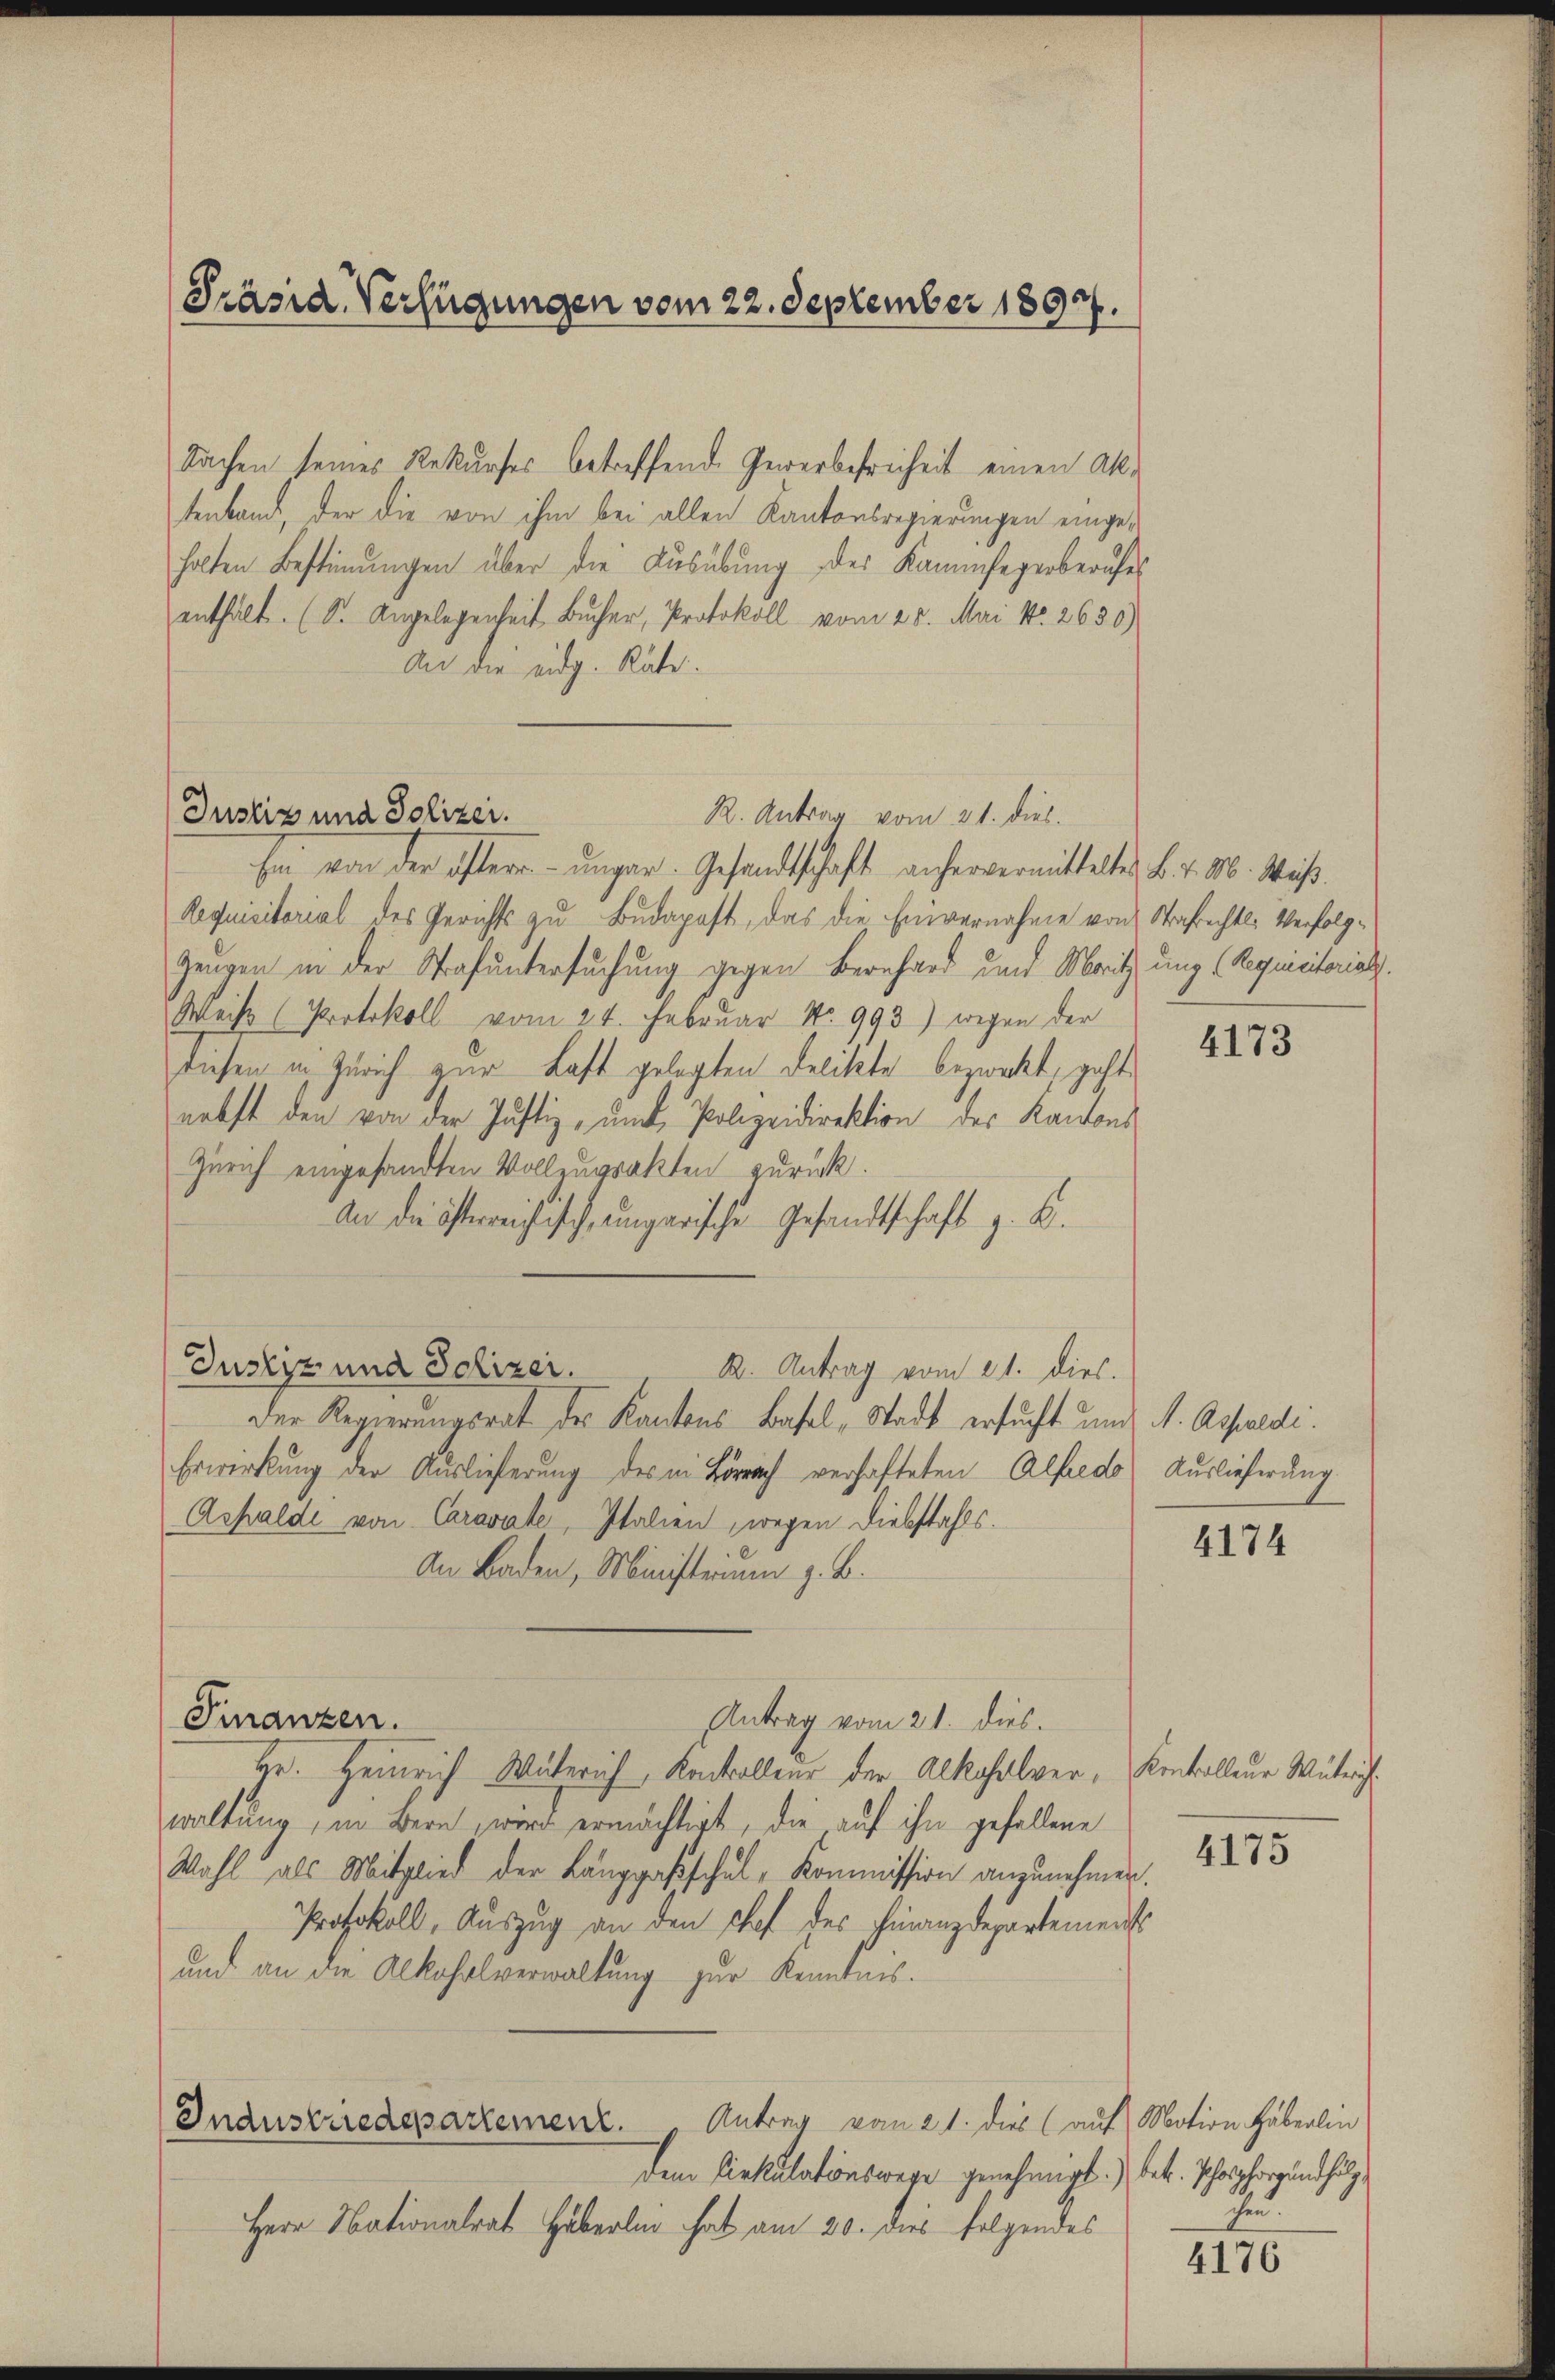
Präsid. Verfügungen vom 22. September 1897.

Sachen seines Rekurses betreffende Gewerbefreiheit einen Aktenband, der die von ihm bei allen Kantonsregierungen eingeholten Bestimmungen über die Ausübung der Kammfegerberufes
enthalt. (S. Angelegenheit Bucher, Protokoll vom 25. Mai No 2630)
An die eidg. Räte.
R. Antrag vom 21. dies
fen von der öfter ungar. Gesandtschaft anhervermittelten L. v. M. Was
Requisitorial des Gerichts zu Budapest, das die Einvernahme von Strafrechtl. Verfolg¬
Zeugen in der Strafuntersuchung gegen Bernhard und Moritzung (Requisitorials.
Weise (Protokoll vom 24. Februar No. 993) wegen der
diesen in Zürich zur Last gelegten Delikte bezweckt, geht
nebst den von der Justiz- und Polizeidirektion des Kantons
Zürich eingesandten Vollzugrakten zurück.
An die österreichisch, ungarische Gesandtschaft z. B.
Justiz und Polizei.
R. Antrag vom 21. dies.
Der Regierungsrat des Kantons Basel-Stadt ersucht und A. Assaldi
Erwirkung der Auslieferung des in Lörrach verhafteten Alfrede Auslieferung
Ashalde von Caravate, Italien, wegen Diebstahls.
An Baden, Ministrium z. B.
Antrag vom 21. dies.
Fuanzen.
Hr. Heinrich Waterich, Kontrolleur der Alkoholver, Konkolleur Wütrichwaltung, im Bern, wird ermächtigt, die auf ihn gefallene
Wahl als Mitglied der Langgasschul-Kommission anzunehmen.
Protokoll, Auszug an den Chef des Finanzdepartements
und an die Alkohrsverwaltung zur Kenntnis.
Gnaustriedepartement. Antrag vom 21. dies (auf Motion Häberlin
dem Riekulationswege genehmigt.) betr. Phosphorundhölz
Herr Nationalrat Häberlin hat am 20. dies folgendes

Justiz und Polizei.

4173

4174

4175

fen.

4176